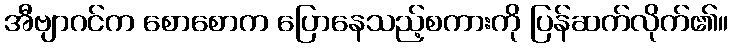
အီဗျာဂင်က စောစောက ပြောနေသည့်စကားကို ပြန်ဆက်လိုက်၏။